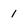
Character: 1